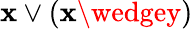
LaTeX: \mathbf{x}\vee(\mathbf{x}\wedgey)